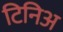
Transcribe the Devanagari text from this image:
टिनिअ